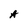
Character: A